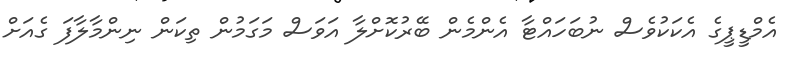
އެމްޑީޕީގެ އެކަކުވެސް ނުބަހައްޓާ އެންމެން ބޭރުކޮށްލާ އަވަސް މަގަމުން ތިކަން ނިންމާލާފަ ގެއަށް